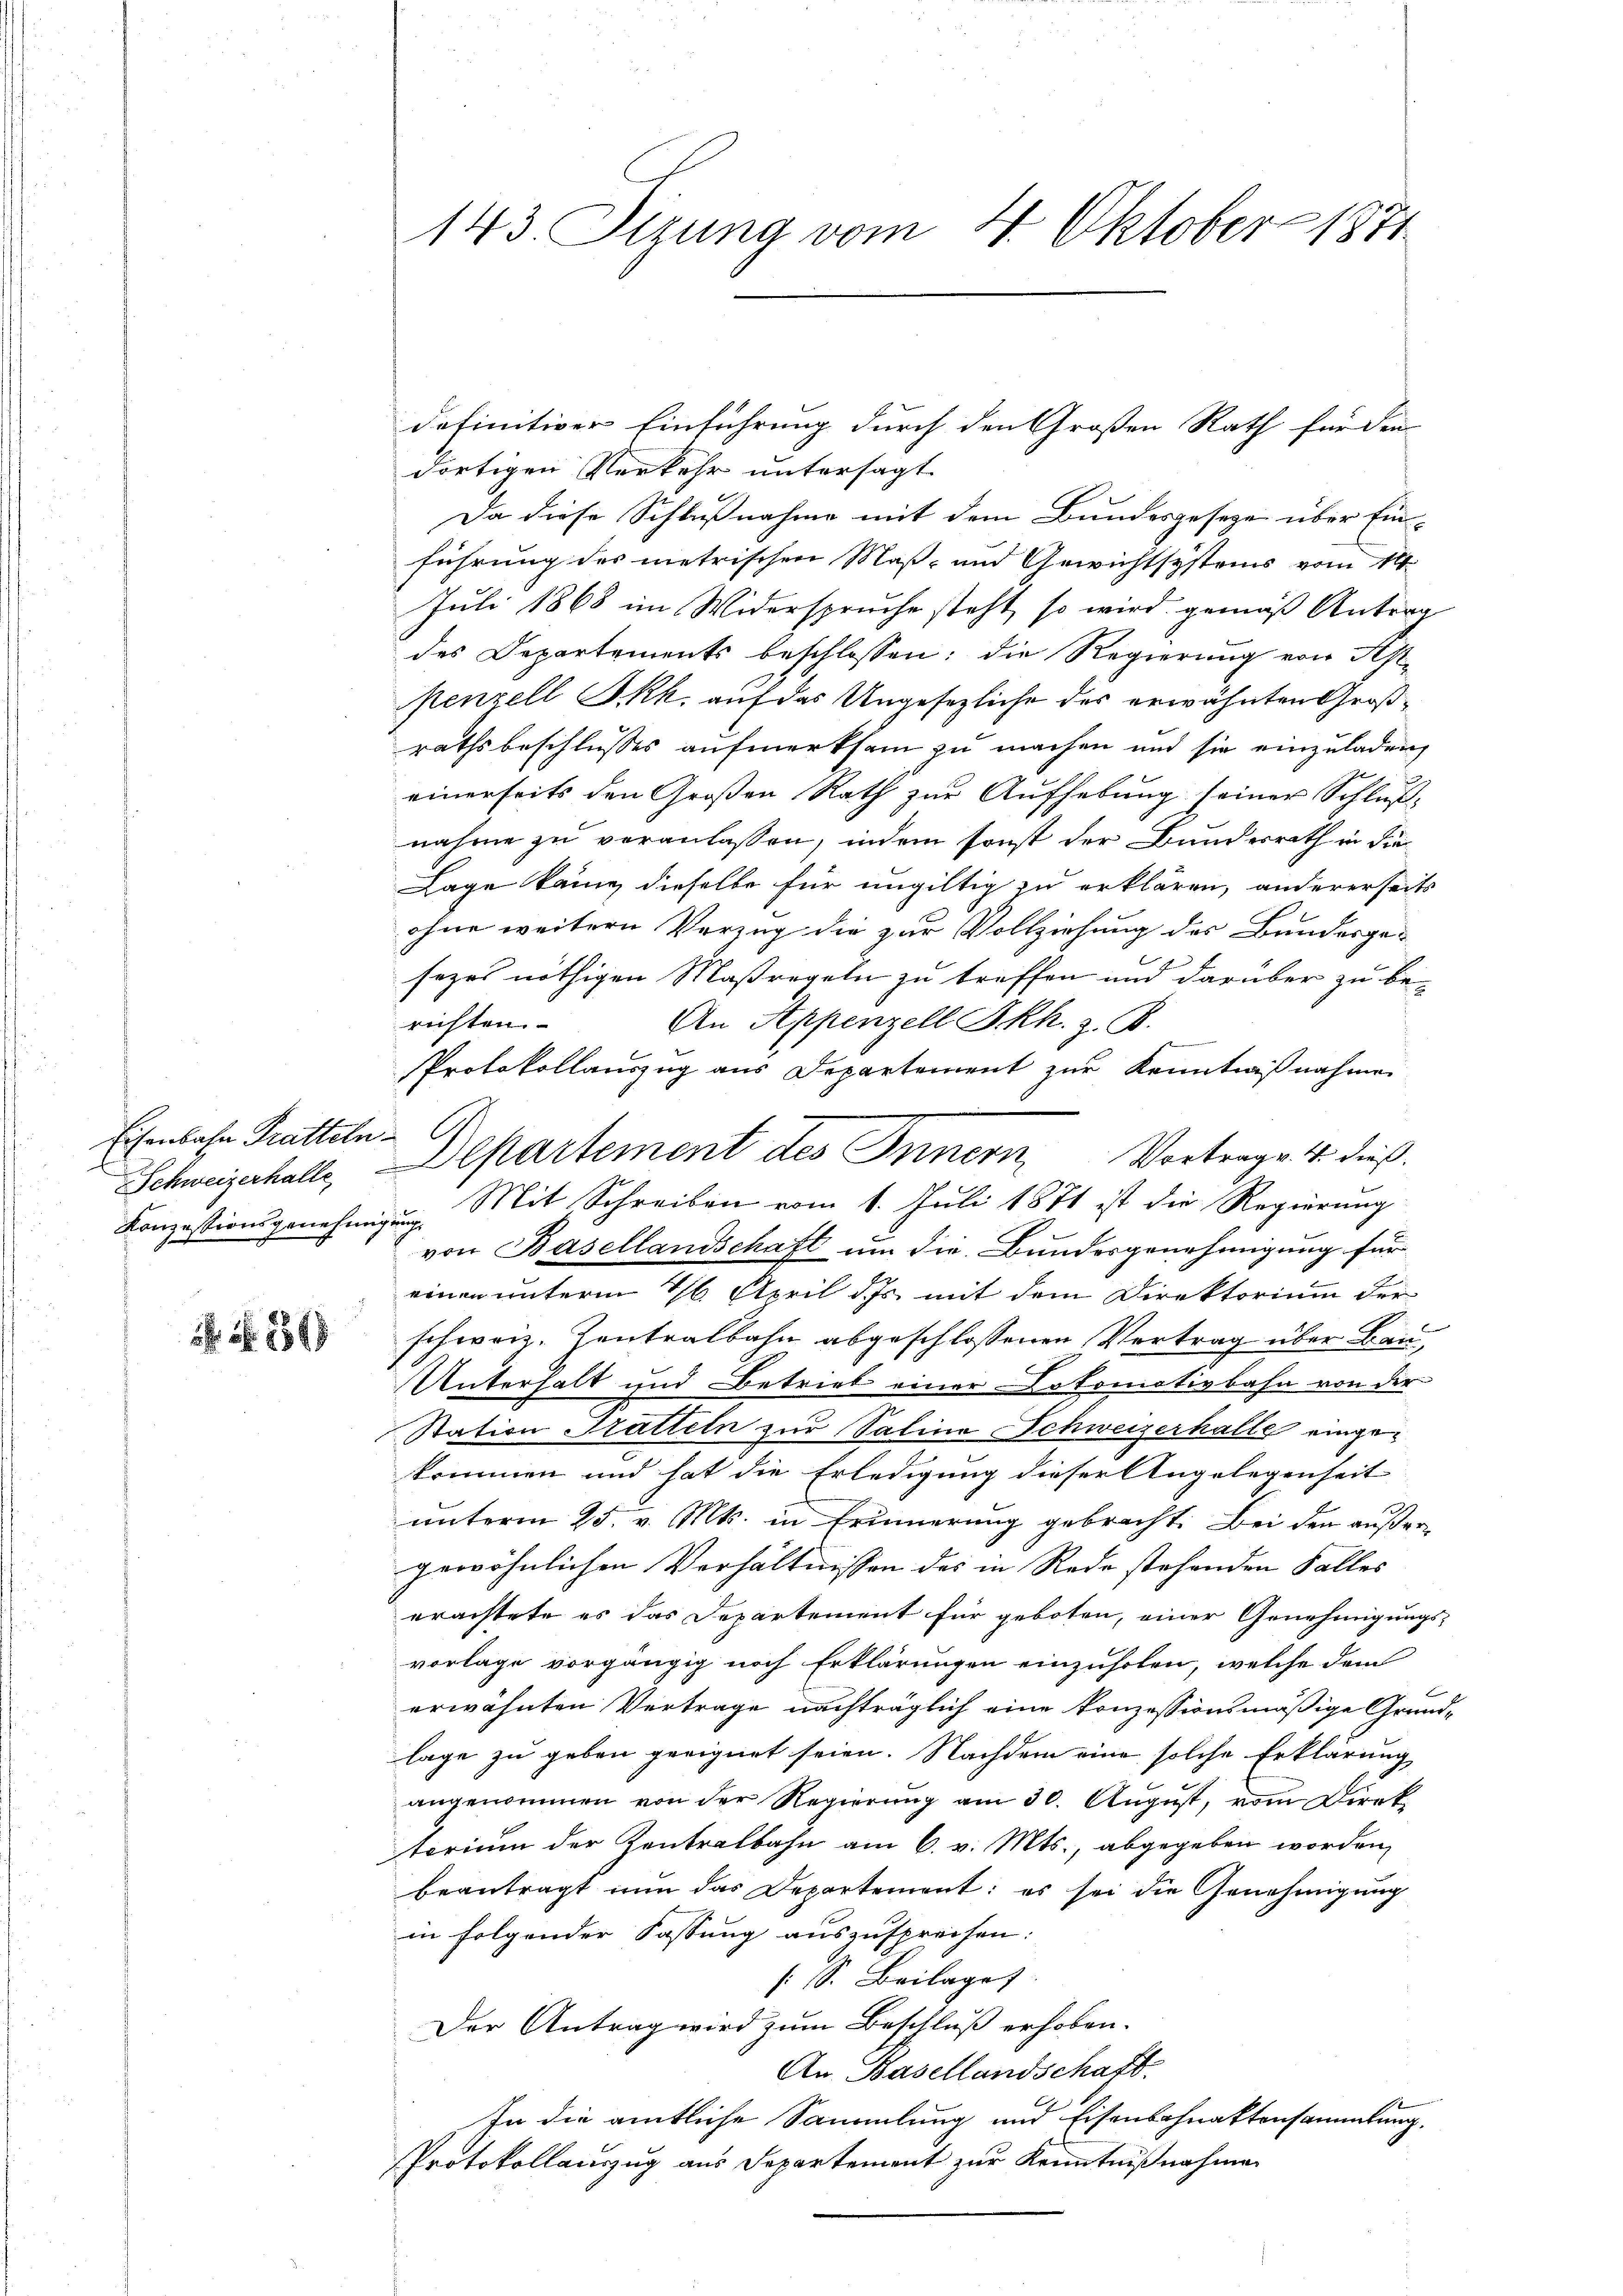
Eisenbahn Pratteln
Konzessionsgenehmigung

1549

definitiver Einführung durch den Großen Rath für die
dortigen Verkehr untersagt
Da diese Schlußnahme mit dem Bundesgesetze über Einführung des metrischen Maß- und Gewichtsystems vom 14.
Juli 1868 im Widerspruche steht, so wird gemäß Antrag
des Departements beschlossen: die Regierung von Aspenzell I.Rh. auf das Ungesezliche des erwähnten Großrathsbeschlusses aufmerksam zu machen und sie einzuladen,
einerseits den Großen Rath zur Aufhebung seiner Schluß-
nahme zu veranlassen, indem sonst der Bundesrath in die
Lage kann dieselbe für ungültig zu erklären, andererseits
ohne weitern Vorzug die zur Vollziehung des Bundesge-
sezes nöthigen Maßregeln zu treffen und darüber zu be-
richten
An Appenzell Skh. z. B.
Protokollauszug aus Departement zur Kenntnißnahme
Vortrag v. 4. dieß.
Schweizerhalle, partement des Innern
Mit Schreiben vom 1. Juli 1871 ist die Regierung
von Basellandschaft um die Bundesgenehmigung für
einen unterm 16. April d. Js. mit dem Direktorium der
schweiz. Zentralbahn abgeschlossenen Vertrag über Bau¬
Unterhalt und Betrieb einer Dokomotivbahn von der
Station Hütteln zur Salina Schweizerhalle eingekrummen und hat die Erledigung dieser Angelegenheit
unterm 25. v. Mts. in Erinnerung gebracht. Bei den außer
gewöhnlichen Verhältnissen des in Rede stehenden Falles
erachtete es das Departement für geboten, einer Genehmigungs-
vorlage vorgängig noch Erklärungen einzuholen, welche dem
d
erwähnten Vertrage nachträglich eine konzessionsmäßige Grundlage zu geben geeignet seien. Nachdem eine solche Erklärung
angenommen von der Regierung am 30. August, vom Direk
torium der Kontralbahn am 6. v. Mts., abgegeben worden,
beantragt nun das Departement: es sei die Genehmigung
in folgender Fassung auszusprechen:
[: S. Beilages
Der Antrag wird zum Beschluß erhoben.
An Basellandschaft.
In die amtliche Sammlung und Eisenbahnaktensammlung.
Protokollauszug aus Separtement zur Kenntnißnahme

143. Sizung vom 4. Oktober 1871.